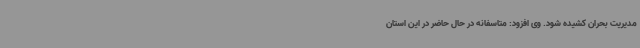
مدیریت بحران کشیده شود. وی افزود: متاسفانه در حال حاضر در این استان